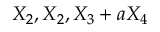
X _ { 2 } , X _ { 2 } , X _ { 3 } + a X _ { 4 }